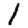
Digit: 1